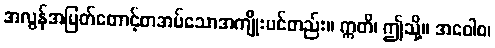
အလွန်အမြတ်တောင့်တအပ်သောအကျိုးပင်တည်း။ ဣတိ၊ ဤသို့။ အဝေါစ၊